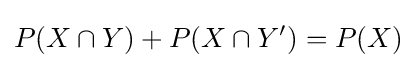
P(X\cap Y)+P(X\cap Y')=P(X)